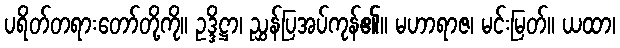
ပရိတ်တရားတော်တို့ကို။ ဥဒ္ဒိဋ္ဌာ၊ ညွှန်ပြအပ်ကုန်၏။ မဟာရာဇ၊ မင်းမြတ်။ ယထာ၊